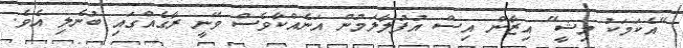
"އެކަމަކު މިޝީ" އިޒާން އިސް އުފުލާލަމުން އަނެއްކާވެސް ވޭނީ ރާގެއްގައި ބުނެލި އެވެ.